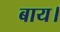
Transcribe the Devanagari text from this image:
बाय।